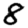
Digit: 8